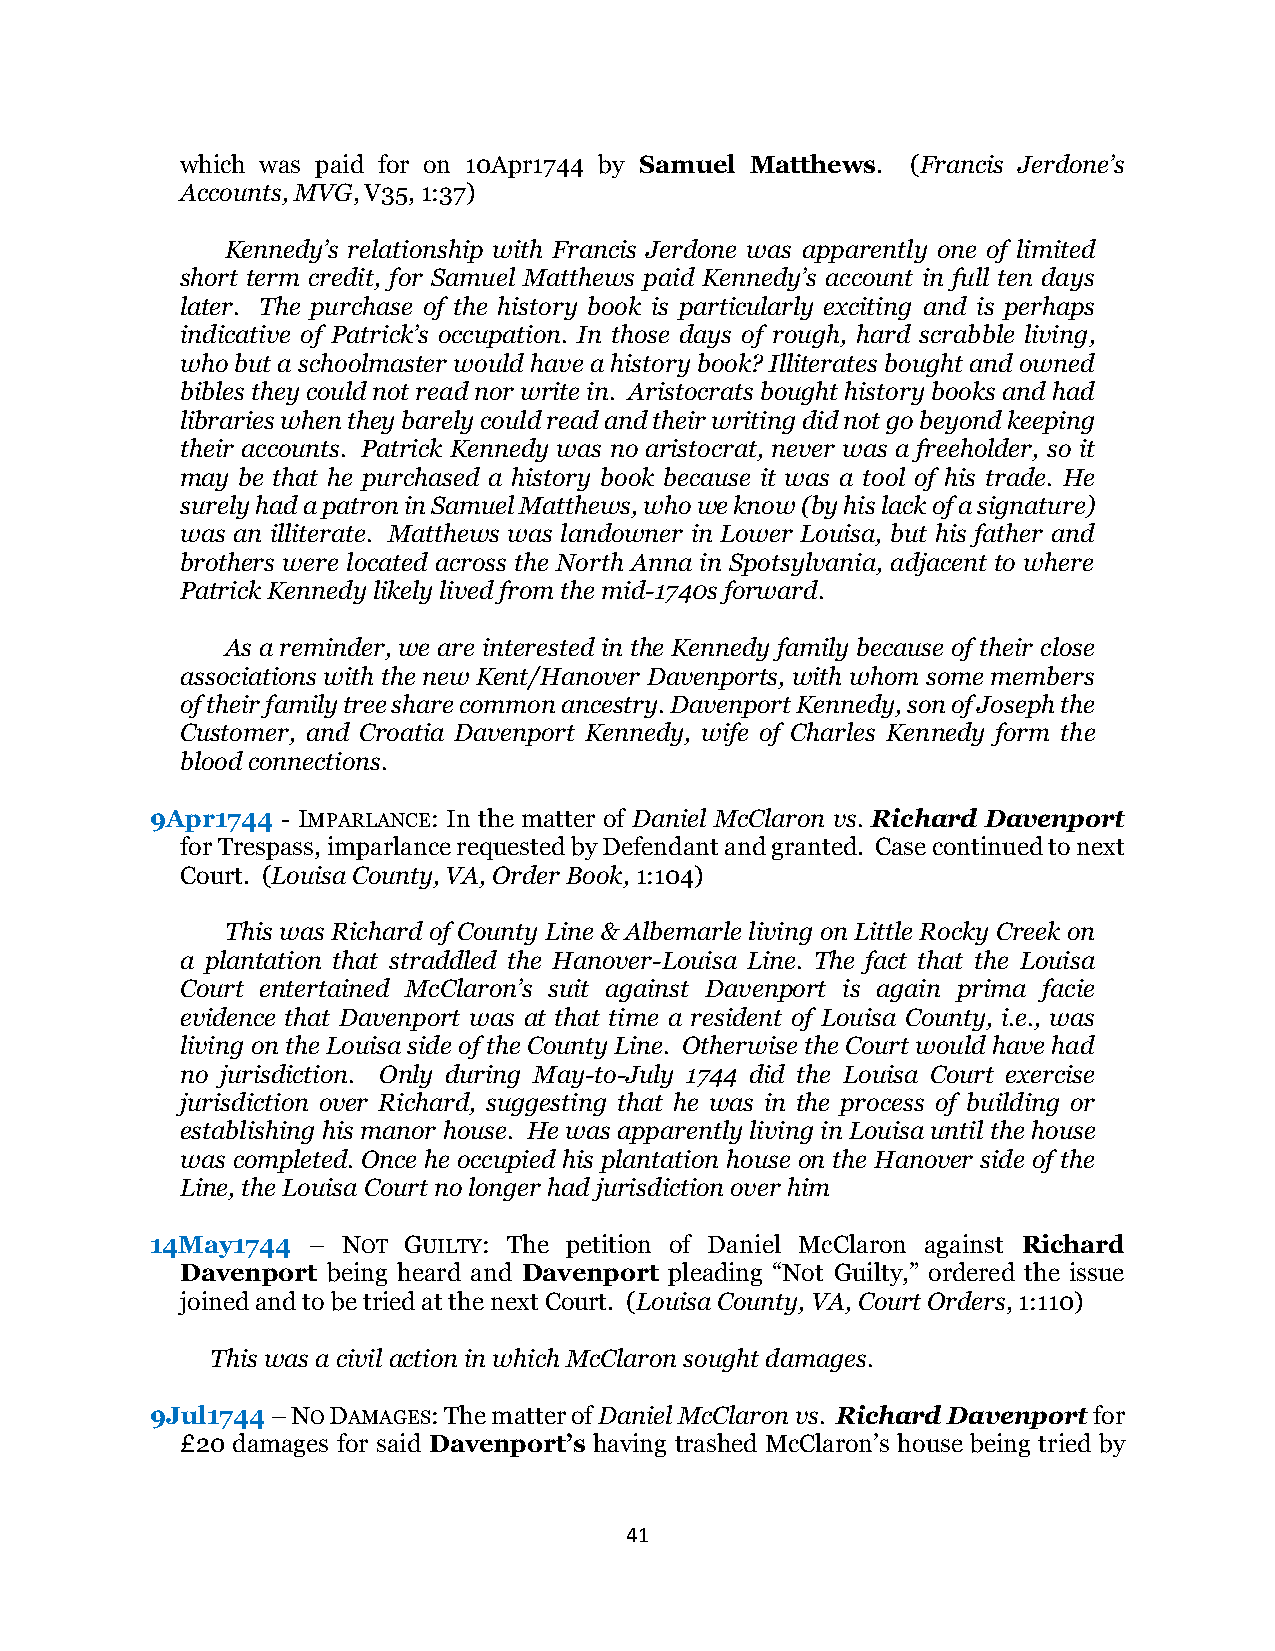
which was paid for on 10Apr1744 by Samuel Matthews. (Francis Jerdone’s
 Accounts, MVG, V35, 1:37)
 Kennedy’s relationship with Francis Jerdone was apparently one of limited
 short term credit, for Samuel Matthews paid Kennedy’s account in full ten days
 later. The purchase of the history book is particularly exciting and is perhaps
 indicative of Patrick’s occupation. In those days of rough, hard scrabble living,
 who but a schoolmaster would have a history book? Illiterates bought and owned
 bibles they could not read nor write in. Aristocrats bought history books and had
 libraries when they barely could read and their writing did not go beyond keeping
 their accounts. Patrick Kennedy was no aristocrat, never was a freeholder, so it
 may be that he purchased a history book because it was a tool of his trade. He
 surely had a patron in Samuel Matthews, who we know (by his lack of a signature)
 was an illiterate. Matthews was landowner in Lower Louisa, but his father and
 brothers were located across the North Anna in Spotsylvania, adjacent to where
 Patrick Kennedy likely lived from the mid-1740s forward.
 As a reminder, we are interested in the Kennedy family because of their close
 associations with the new Kent/Hanover Davenports, with whom some members
 of their family tree share common ancestry. Davenport Kennedy, son of Joseph the
 Customer, and Croatia Davenport Kennedy, wife of Charles Kennedy form the
 blood connections.
 9Apr1744 - IMPARLANCE: In the matter of Daniel McClaron vs. Richard Davenport
 for Trespass, imparlance requested by Defendant and granted. Case continued to next
 Court. (Louisa County, VA, Order Book, 1:104)
 This was Richard of County Line & Albemarle living on Little Rocky Creek on
 a plantation that straddled the Hanover-Louisa Line. The fact that the Louisa
 Court entertained McClaron’s suit against Davenport is again prima facie
 evidence that Davenport was at that time a resident of Louisa County, i.e., was
 living on the Louisa side of the County Line. Otherwise the Court would have had
 no jurisdiction. Only during May-to-July 1744 did the Louisa Court exercise
 jurisdiction over Richard, suggesting that he was in the process of building or
 establishing his manor house. He was apparently living in Louisa until the house
 was completed. Once he occupied his plantation house on the Hanover side of the
 Line, the Louisa Court no longer had jurisdiction over him
 14May1744 –  NOT GUILTY: The petition of Daniel McClaron against Richard
 Davenport being heard and Davenport pleading “Not Guilty,” ordered the issue
 joined and to be tried at the next Court. (Louisa County, VA, Court Orders, 1:110)
 This was a civil action in which McClaron sought damages.
 9Jul1744 – NO DAMAGES: The matter of Daniel McClaron vs. Richard Davenport for
 £20 damages for said Davenport’s having trashed McClaron’s house being tried by
 41